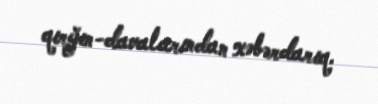
qırğın-davalarından xəbərdarıq.